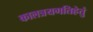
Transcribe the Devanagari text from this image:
कालत्रयगतिहेतुं